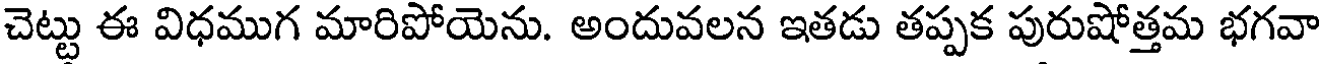
చెట్టు ఈ విధముగ మారిపోయెను. అందువలన ఇతడు తప్పక పురుషోత్తమ భగవా